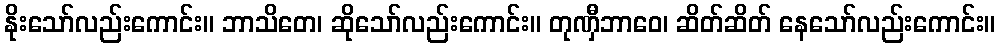
နိုးသော်လည်းကောင်း။ ဘာသိတေ၊ ဆိုသော်လည်းကောင်း။ တုဏှီဘာဝေ၊ ဆိတ်ဆိတ် နေသော်လည်းကောင်း။